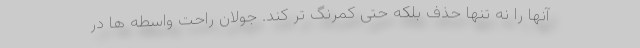
آنها را نه تنها حذف بلکه حتی کمرنگ تر کند. جولان راحت واسطه ها در